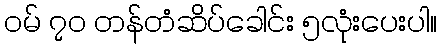
ဝမ် ၇၀ တန်တံဆိပ်ခေါင်း ၅လုံးပေးပါ။